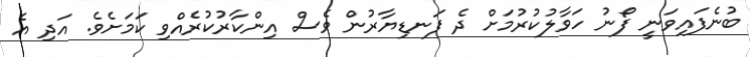
ބުނެފައިވަނީ ފޯނު ހަވާލުކުރުމަށް ދެ ފަނޑިޔާރުން ވެސް އިންކާރުކުރެއްވި ކަމަށެވެ. އަދި އެ